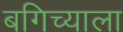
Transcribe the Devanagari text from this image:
बगिच्याला